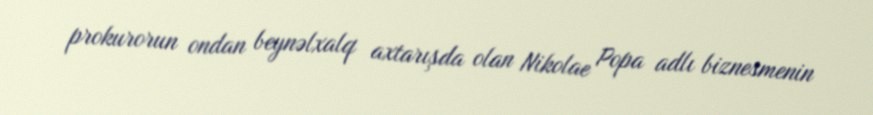
prokurorun ondan beynəlxalq axtarışda olan Nikolae Popa adlı biznesmenin